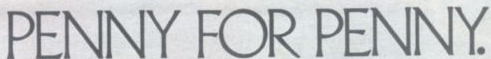
PENNY FOR PENNY.